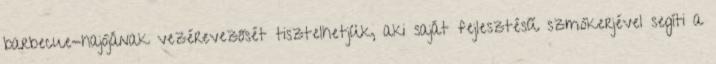
barbecue-hajójának vezérevezősét tisztelhetjük, aki saját fejlesztésű szmókerjével segíti a